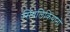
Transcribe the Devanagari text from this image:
सिंपलिकियानो